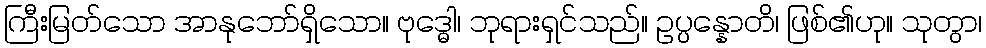
ကြီးမြတ်သော အာနုဘော်ရှိသော။ ဗုဒ္ဓေါ၊ ဘုရားရှင်သည်။ ဥပ္ပန္နောတိ၊ ဖြစ်၏ဟု။ သုတွာ၊